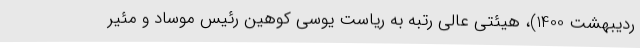
ردیبهشت 1400)، هیئتی عالی رتبه به ریاست یوسی کوهین رئیس موساد و مئیر